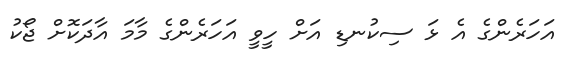
އަހަރެންގެ އެ ޅަ ސިކުނޑި އަށް ހީވީ އަހަރެންގެ މާމަ އާދަކޮށް ޖޯކު